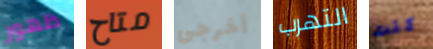
ظهور متاح أخرجى التهرب كنت